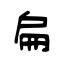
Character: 扁